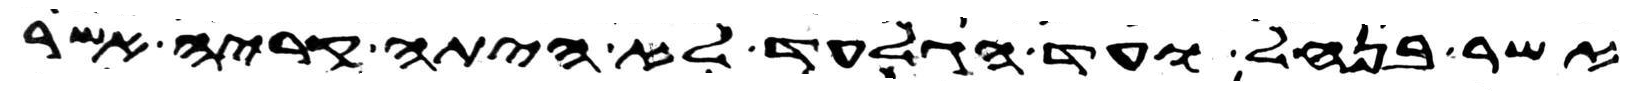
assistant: אשר בנחל ועד הגלעד לא היתה קריה אשר